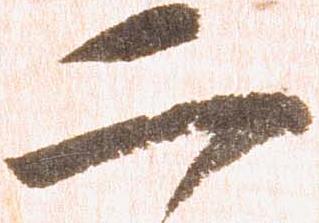
二